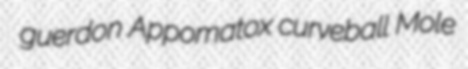
guerdon Appomatox curveball Mole